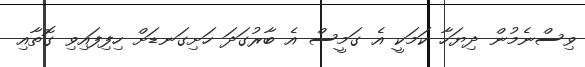
ވިސްނެމުން ދިޔަހާ ކަމަކީ އެ ގަމީސް އެ ބާރުގަދަ ހަށިގަނޑަށް ހިފިފައިވި ގޮތާއި